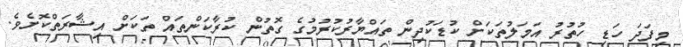
މިފަދަ ހަޑި ހުތުރު އަމަލުތަކަށް ކުޑަކުދިން ތައްޔާރުކުރުމުގެ ގޮތުން ކުރާކަންތައް ތަކަށް އިޝާރަތްކޮށެވެ.